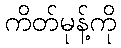
ကိတ်မုန့်ကို